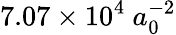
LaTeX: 7.07\times 10^{4}\ a_{0}^{-2}